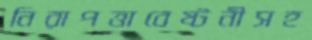
নিরাপত্তাবেষ্টনীসহ